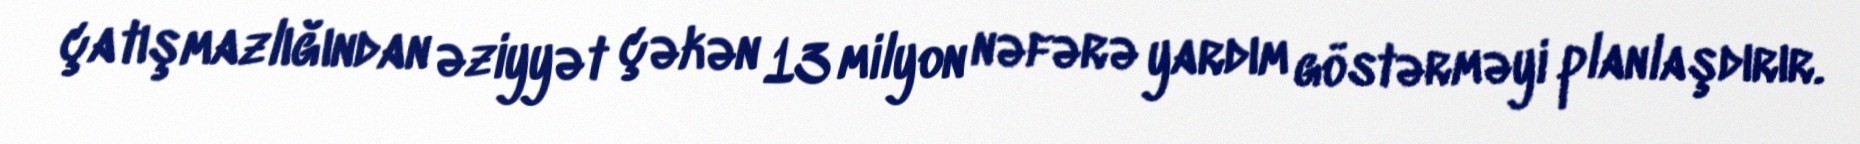
çatışmazlığından əziyyət çəkən 13 milyon nəfərə yardım göstərməyi planlaşdırır.